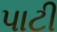
પાટી